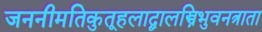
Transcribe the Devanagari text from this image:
जननीमतिकुतूहलाद्बालस्त्रिभुवनत्राता